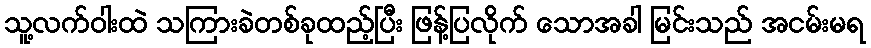
သူ့လက်ဝါးထဲ သကြားခဲတစ်ခုထည့်ပြီး ဖြန့်ပြလိုက် သောအခါ မြင်းသည် အငမ်းမရ